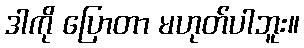
ဒါကို ပြောတာ မဟုတ်ပါဘူး။